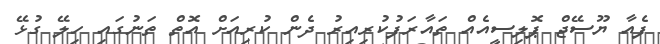
ފެއާ ޔޫސޭޖް ޕޮލިސީއެއް ތައާރަފުކުރިއިރު ދެން ކުރިއަށް އޮތް ތަނުގައި ހިލޭ ގުޅޭ